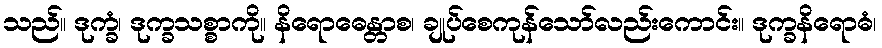
သည်။ ဒုက္ခံ၊ ဒုက္ခသစ္စာကို။ နိရောဓေန္တာစ၊ ချုပ်စေကုန်သော်လည်းကောင်း။ ဒုက္ခနိရောဓံ၊